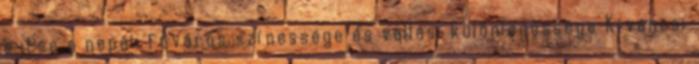
ejtse a nepáli főváros színessége és vallási különlegessége Kíváncsi